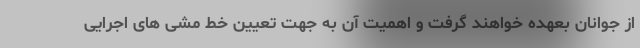
از جوانان بعهده خواهند گرفت و اهمیت آن به جهت تعیین خط مشی های اجرایی